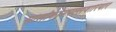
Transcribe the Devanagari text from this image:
सोलाकोनपल्लवारियार